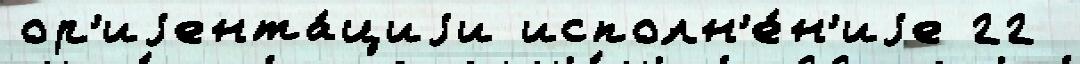
ор'иjента́циjи исполн'е́н'иjе 22